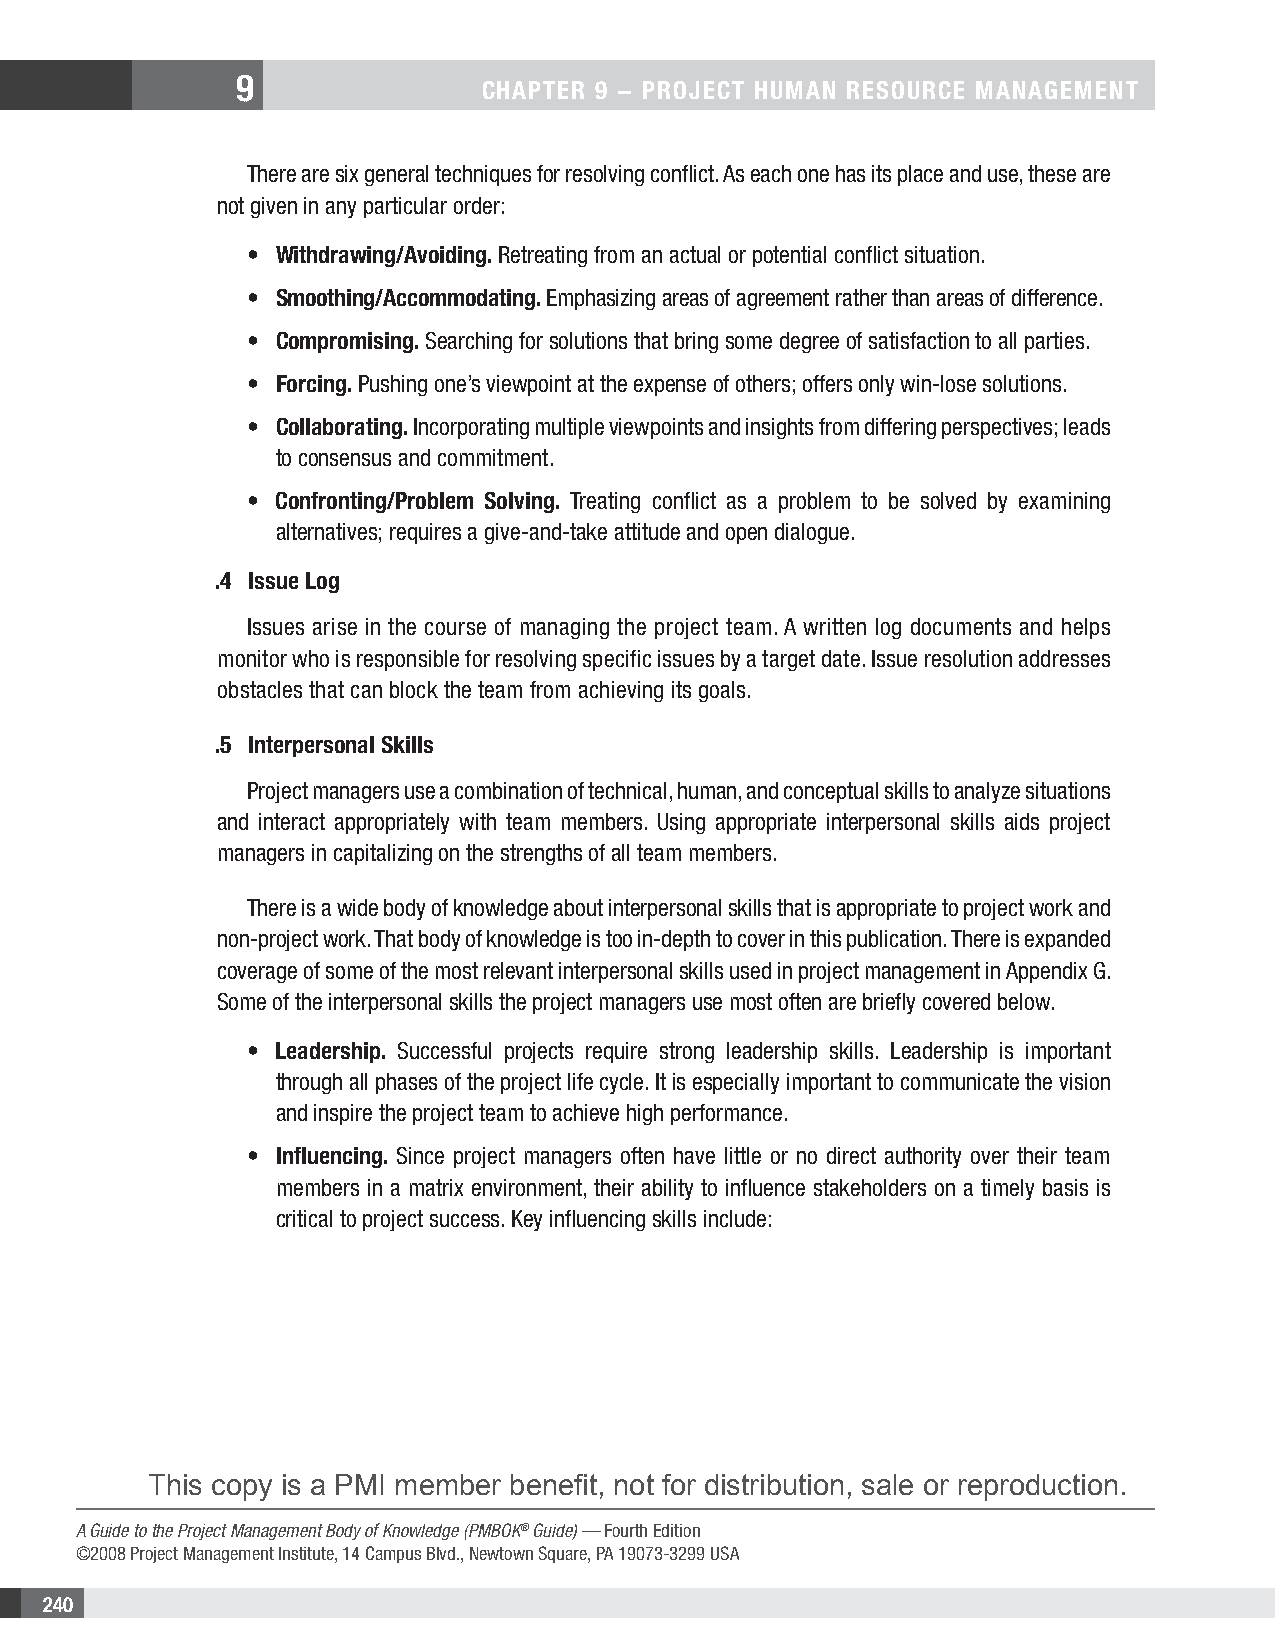
9
 CHAPTER 9 − PRojECT HuMAn REsouRCE MAnAgEMEnT
 There are six general techniques for resolving conflict. As each one has its place and use, these are
 not given in any particular order:
 • Withdrawing/Avoiding. Retreating from an actual or potential conflict situation.
 • smoothing/Accommodating. Emphasizing areas of agreement rather than areas of difference.
 • Compromising. Searching for solutions that bring some degree of satisfaction to all parties.
 • Forcing. Pushing one’s viewpoint at the expense of others; offers only win-lose solutions.
 • Collaborating. Incorporating multiple viewpoints and insights from differing perspectives; leads
 to consensus and commitment.
 • Confronting/Problem solving. Treating conflict as a problem to be solved by examining
 alternatives; requires a give-and-take attitude and open dialogue.
 .4 Issue Log
 Issues arise in the course of managing the project team. A written log documents and helps
 monitor who is responsible for resolving specific issues by a target date. Issue resolution addresses
 obstacles that can block the team from achieving its goals.
 .5 Interpersonal skills
 Project managers use a combination of technical, human, and conceptual skills to analyze situations
 and interact appropriately with team members. Using appropriate interpersonal skills aids project
 managers in capitalizing on the strengths of all team members.
 There is a wide body of knowledge about interpersonal skills that is appropriate to project work and
 non-project work. That body of knowledge is too in-depth to cover in this publication. There is expanded
 coverage of some of the most relevant interpersonal skills used in project management in Appendix G.
 Some of the interpersonal skills the project managers use most often are briefly covered below.
 • Leadership. Successful projects require strong leadership skills. Leadership is important
 through all phases of the project life cycle. It is especially important to communicate the vision
 and inspire the project team to achieve high performance.
 • Influencing. Since project managers often have little or no direct authority over their team
 members in a matrix environment, their ability to influence stakeholders on a timely basis is
 critical to project success. Key influencing skills include:
 This copy is a PMI member benefit, not for distribution, sale or reproduction.
 A Guide to the Project Management Body of Knowledge (PMBOK® Guide) — Fourth Edition
 ©2008 Project Management Institute, 14 Campus Blvd., Newtown Square, PA 19073-3299 USA
 240